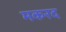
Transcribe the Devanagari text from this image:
मकरद